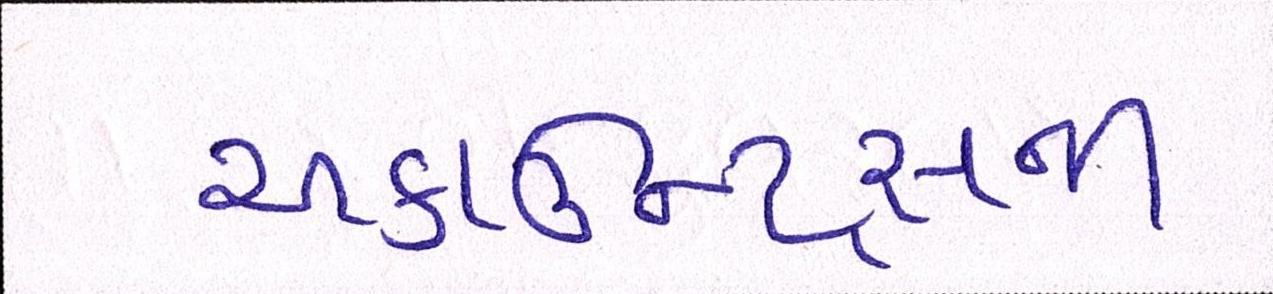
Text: અકાઉન્ટ્સની